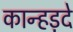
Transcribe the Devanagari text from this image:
कान्हड़दे